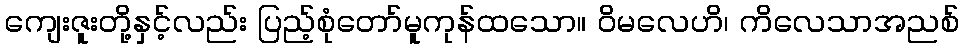
ကျေးဇူးတို့နှင့်လည်း ပြည့်စုံတော်မူကုန်ထသော။ ဝိမလေဟိ၊ ကိလေသာအညစ်